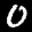
Label: 0